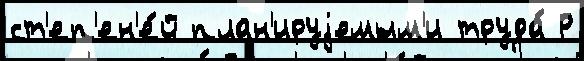
ст'еп'ен'е́й план'ируjемым'и труда́ Р